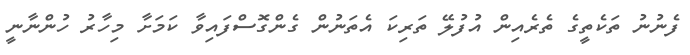
ފެނުނު ތަކެތީގެ ތެރެއިން އުފުލޭ ތަރިކަ އެތަނުން ގެންގޮސްފައިވާ ކަމަށާ މިހާރު ހުންނާނީ